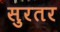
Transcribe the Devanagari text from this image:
सुरतर